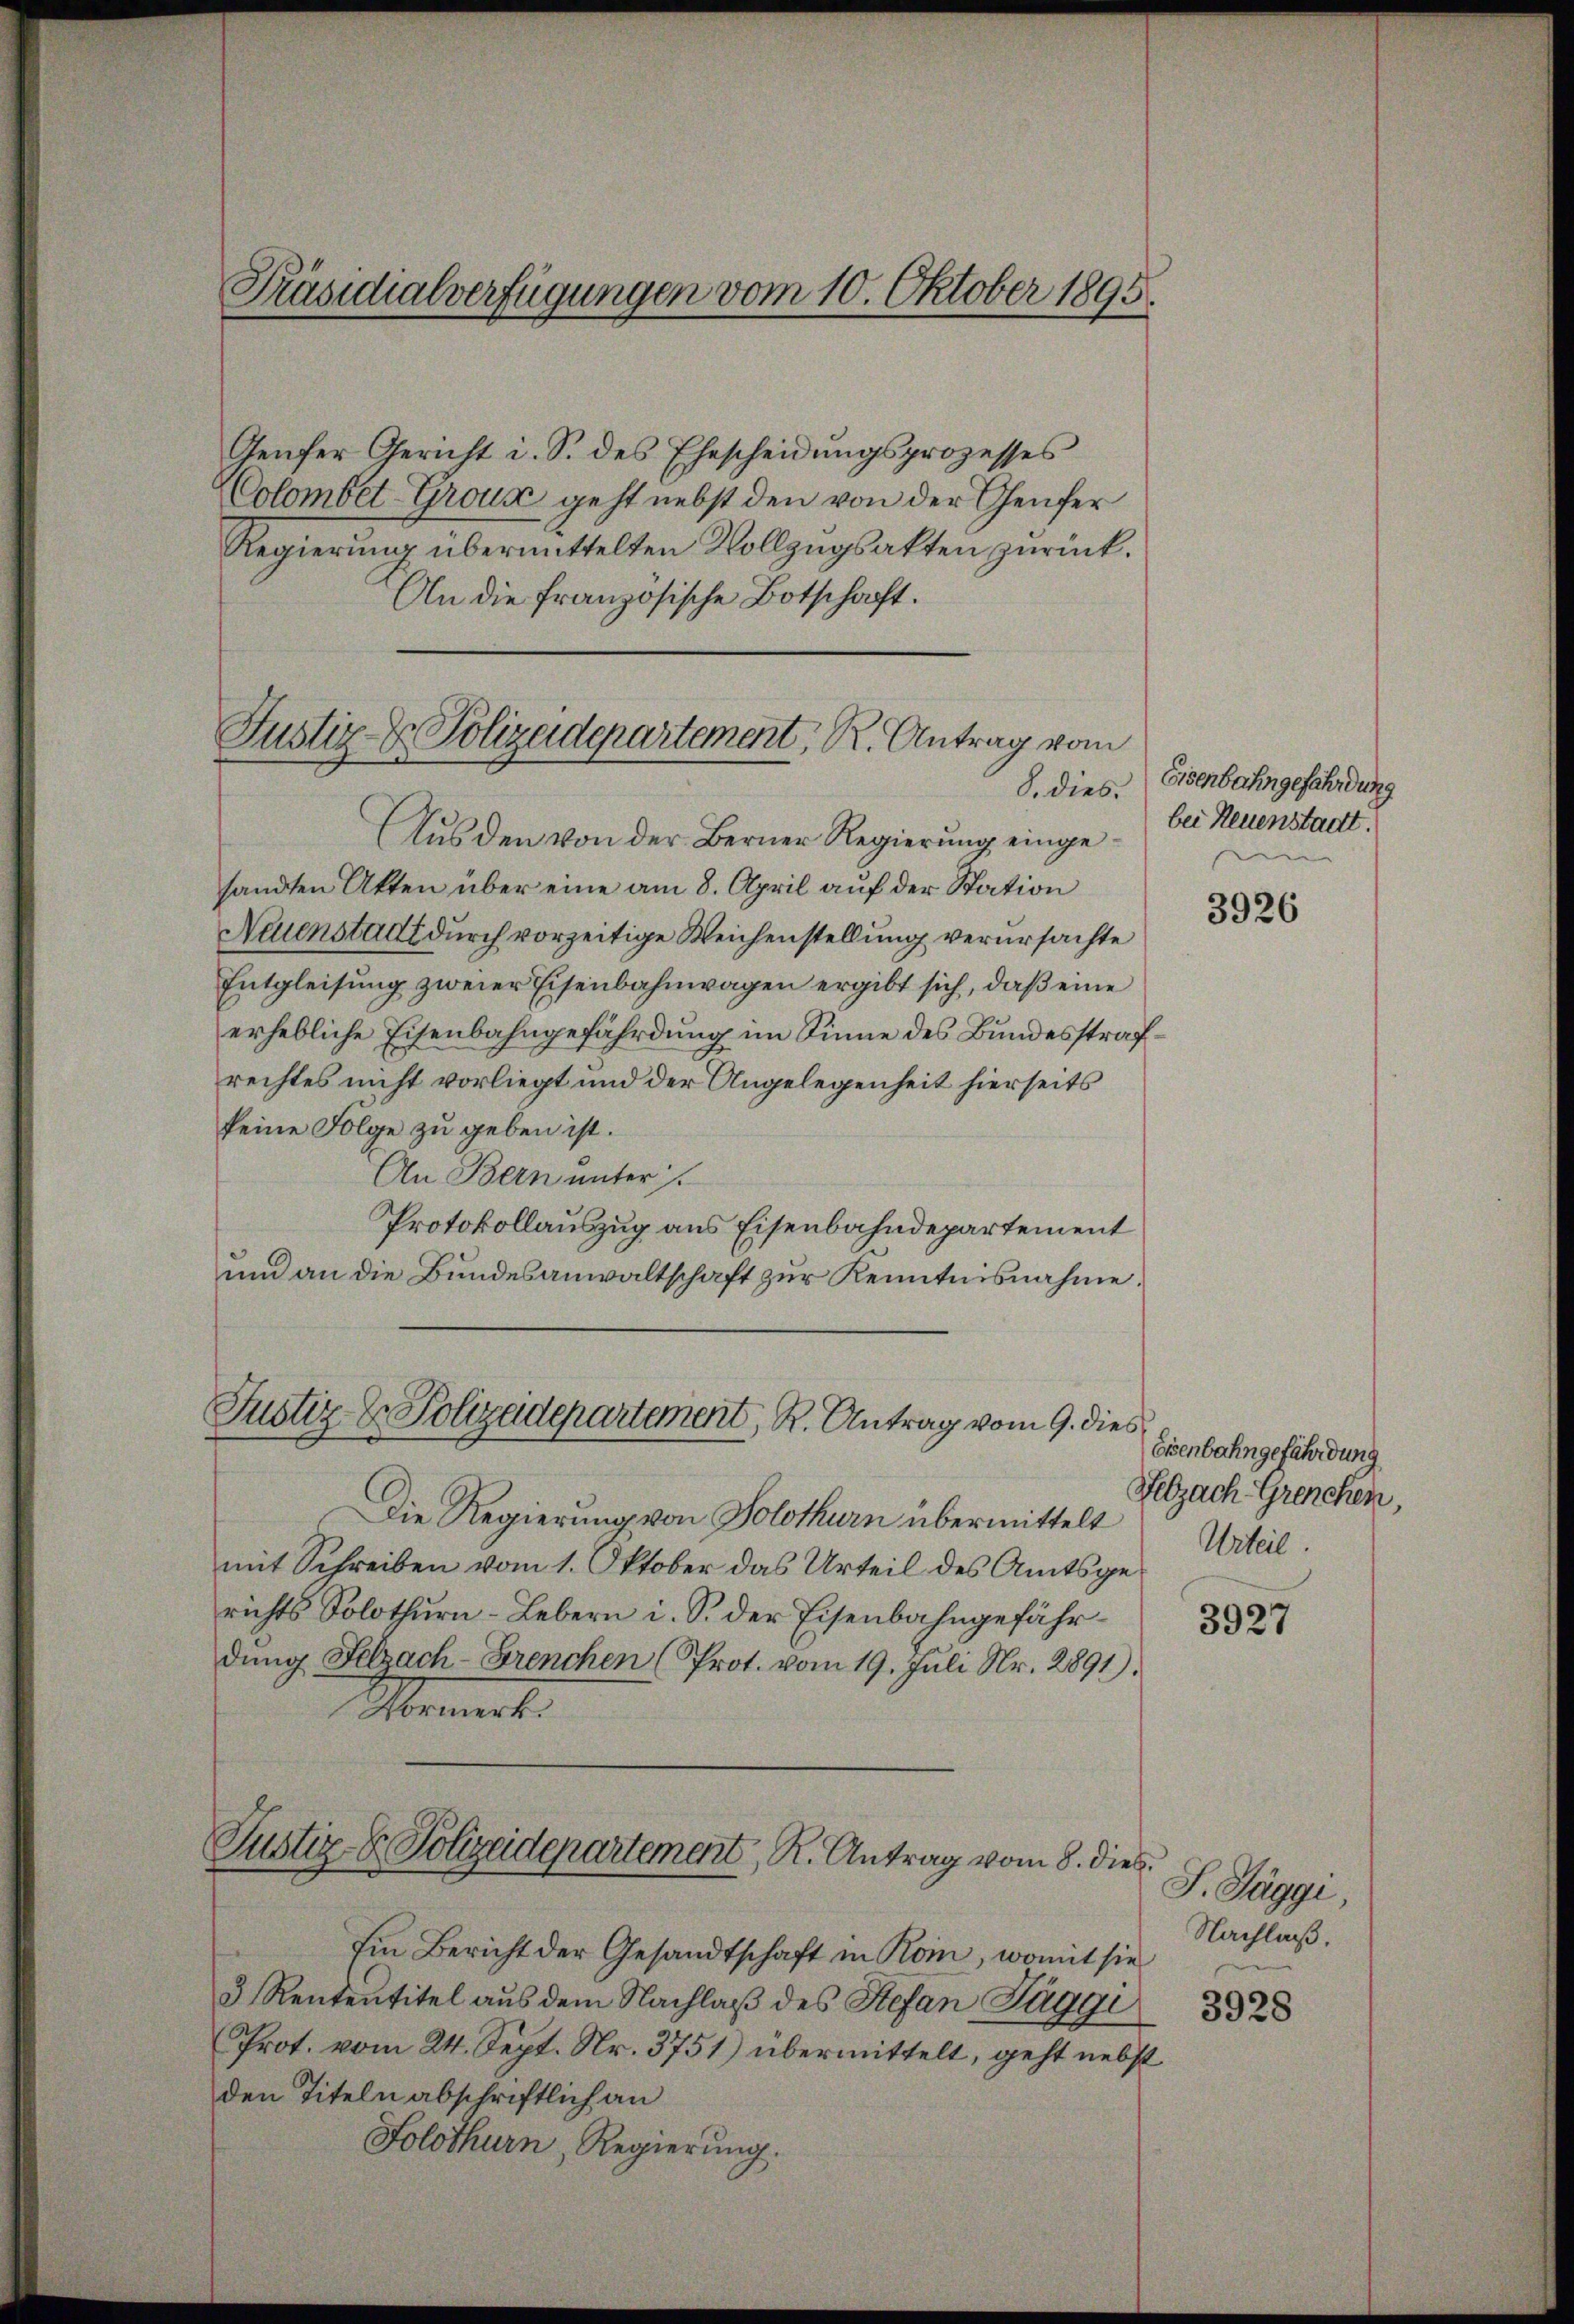
Präsidialverfügungen vom 10. Oktober 1895.

Geŭfer Gericht i. S. des Ehescheidŭngsprozesses
Colombet-Grouse geht nebst den von der Genfer
Regierung übermittelten Vollzugsakten zurück.
An die französische Botschaft.

Justiz- & Polizeidepartement, R. Antrag vom
8. dies

Justiz- & Polizadepartement, R. Antrag vom 9. dies

Aus den von der Berner Regierung eingesandten Akten über eine am 8. April auf der Station
Neuenstadt durch vorzeitige Weichenstellung verursachte
Entgleisung zweier Eisenbahnwagen ergibt sich, daß eine
erhebliche Eisenbahngefährdung im Sinne des Bundesstrafrechtes nicht vorliegt und der Angelegenheit hierseits
keine Folge zu geben ist.
An Bern unter
Protokollauszug aus Eisenbahndepartement
und an die Bundesanwaltschaft zur Kenntnisnahme.
Die Regierung von Solothurn übermittelt
mit Schreiben vom 1. Oktober das Urteil des Amtsgerichts Solothurn-Lebern i. S. der Eisenbahngefährdung Felzach Brenchen (Prot. vom 19. Juli Nr. 2891).
Meiert.
Justiz- & Polizeidepartement, R. Antrag vom 8. dies
Ein Bericht der Gesandtschaft in Koin, womit sie
3 Rententitel aus dem Nachlaß des Stefan Taggi
Prot. vom 24. Sept. Nr. 3751) übermittelt, geht nebst
den Titeln abschriftlich an
Solothurn Regierung.

Eisenbahngefährdung
bei Neuenstadt.

3926

Eisenbahngefährdung
Helzach Grenchen,
Urteil.

3927

J. Jäggi,
Nachlaß.

3928